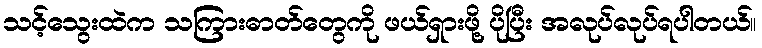
သင့်သွေးထဲက သကြားဓာတ်တွေကို ဖယ်ရှားဖို့ ပိုပြီး အလုပ်လုပ်ရပါတယ်။